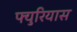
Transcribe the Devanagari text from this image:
फ्युरियास